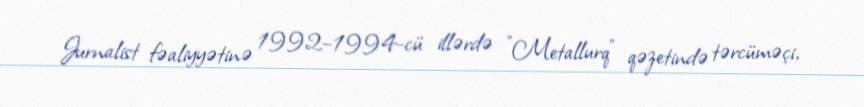
Jurnalist fəaliyyətinə 1992–1994-cü illərdə "Metallurq" qəzetində tərcüməçi,